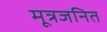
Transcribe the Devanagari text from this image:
मूत्रजनित